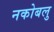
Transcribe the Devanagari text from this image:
नकोबलु